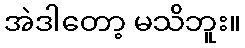
အဲဒါတော့ မသိဘူး။